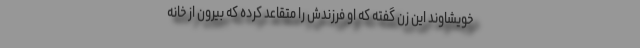
خویشاوند این زن گفته که او فرزندش را متقاعد کرده که بیرون از خانه